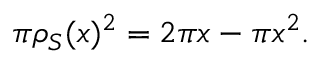
\pi \rho _ { S } ( x ) ^ { 2 } = 2 \pi x - \pi x ^ { 2 } .